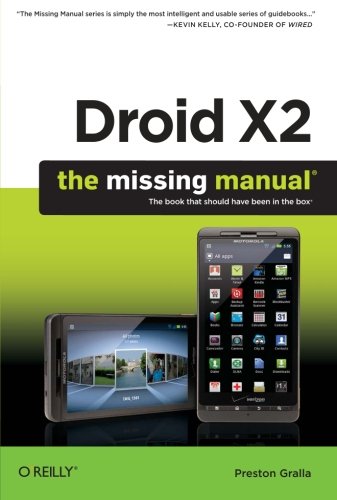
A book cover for Droid X2: The Missing Manual (Missing Manuals); Preston Gralla; Computers & Technology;